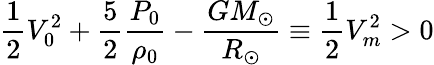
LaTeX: \frac{1}{2}V_{0}^{2}+\frac{5}{2}\frac{P_{0}}{\rho_{0}}-\frac{GM_{\odot}}{R_{\odot}}\equiv\frac{1}{2}V_{m}^{2}>0